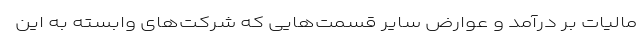
مالیات بر درآمد و عوارض سایر قسمت‌هایی که شرکت‌های وابسته به این